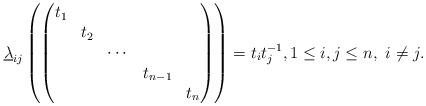
LaTeX: \begin{align*} \underline{\lambda}_{ij}\left(\begin{pmatrix} t_1 &&&& \\ &t_2&&& \\ && \cdots && \\ &&&t_{n-1}& \\&&&&t_n \end{pmatrix} \right) = t_it_j^{-1}, 1\leq i,j \leq n,\ i\ne j.\end{align*}